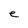
Character: e